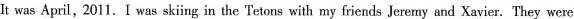
It was April, 2011.I was sk ing in the Tetons with my friends Jeremy and Xavier.They were